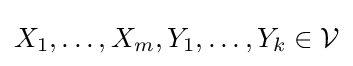
X_{1},\dots ,X_{m},Y_{1},\dots ,Y_{k}\in {\mathcal {V}}